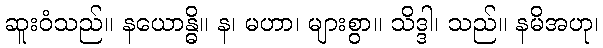
ဆူးဝံသည်။ နယောန္ဓိ။ န၊ မဟာ၊ များစွာ။ သိဒ္ဒါ၊ သည်။ နမိအဟု၊